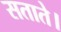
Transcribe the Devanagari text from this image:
सताते।